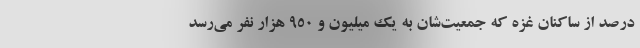
درصد از ساکنان غزه که جمعیت‌شان به یک میلیون و 950 هزار نفر می‌رسد